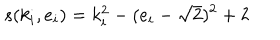
LaTeX: s ( k _ { i } , e _ { i } ) = k _ { i } ^ { 2 } - ( e _ { i } - \sqrt { 2 } ) ^ { 2 } + 2